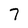
Character: 7